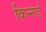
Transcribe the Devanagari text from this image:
किन्नार्ड